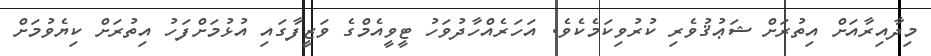
މިދާއިރާއަށް އިތުރަށް ޝަޢުޤުވެރި ކުރުވިކަމެކެވެ. އަހަރެއްހާދުވަހު ޓީވީއެމްގެ ވަޒީފާގައި އުޅުމަށްފަހު އިތުރަށް ކިޔެވުމަށް